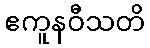
ဧကူနဝီသတိ